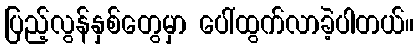
ပြည့်လွန်နှစ်တွေမှာ ပေါ်ထွက်လာခဲ့ပါတယ်။